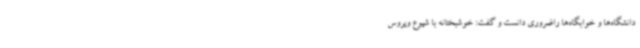
دانشگاه‌ها و خوابگاه‌ها راضروری دانست و گفت: خوشبختانه با شیوع ویروس